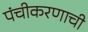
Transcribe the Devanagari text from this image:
पंचीकरणाची